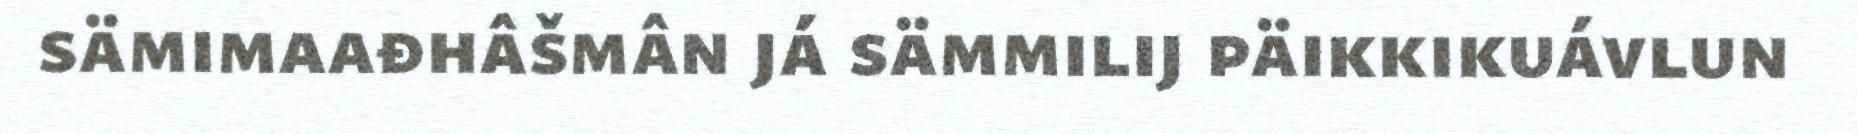
sämimaađhâšmân já sämmilij päikkikuávlun